Lunatic asylums United Provinces 1899-1908 - 1899-1908
Year: 1899
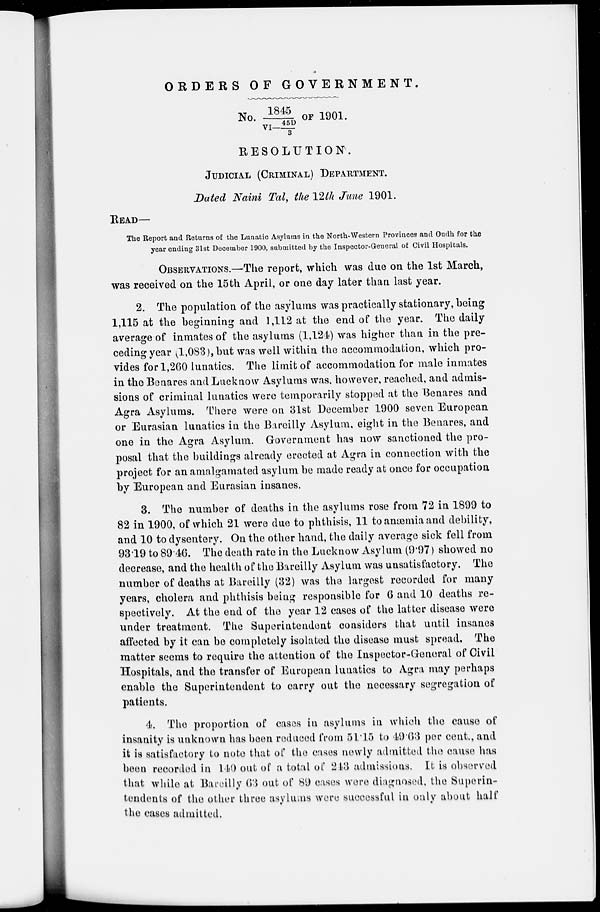
ORDERS OF
GOVERNMENT.
No. 1845/VI—45D/3 OF 1901.
RESOLUTION.
JUDICIAL (CRIMINAL) DEPARTMENT.
Dated Naini Tal, the 12th June 1901.
READ—
The Report and Returns of the Lunatic Asylums in the North-Western Provinces and Oudh for the
year ending 31st December 1900, submitted by the Inspector-General of Civil Hospitals.
OBSERVATIONS.—The report, which was due on the 1st March,
was received on the 15th April, or one day later than last year.
2. The population of the asylums was practically stationary, being
1,115 at the beginning and 1,112 at the end of the year. The daily
average of inmates of the asylums (1,124) was higher than in the pre-
ceding year (1,083), but was well within the accommodation, which pro-
vides for 1,260 lunatics. The limit of accommodation for male inmates
in the Benares and Lucknow Asylums was, however, reached, and admis-
sions of criminal lunatics were temporarily stopped at the Benares and
Agra Asylums. There were on 31st December 1900 seven European
or Eurasian lunatics in the Bareilly Asylum, eight in the Benares, and
one in the Agra Asylum. Government has now sanctioned the pro-
posal that the buildings already erected at Agra in connection with the
project for an amalgamated asylum be made ready at once for occupation
by European and Eurasian insanes.
3. The number of deaths in the asylums rose from 72 in 1899 to
82 in 1900, of which 21 were due to phthisis, 11 to anæmia and debility,
and 10 to dysentery. On the other hand, the daily average sick fell from
93.19 to 89.46. The death rate in the Lucknow Asylum (9.97) showed no
decrease, and the health of the Bareilly Asylum was unsatisfactory. The
number of deaths at Bareilly (32) was the largest recorded for many
years, cholera and phthisis being responsible for 6 and 10 deaths re-
spectively. At the end of the year 12 cases of the latter disease were
under treatment. The Superintendent considers that until insanes
affected by it can be completely isolated the disease must spread. The
matter seems to require the attention of the Inspector-General of Civil
Hospitals, and the transfer of European lunatics to Agra may perhaps
enable the Superintendent to carry out the necessary segregation of
patients.
4. The proportion of cases in asylums in which the cause of
insanity is unknown has been reduced from 51.15 to 49.63 per cent., and
it is satisfactory to note that of the cases newly admitted the cause has
been recorded in 140 out of a total of 243 admissions. It is observed
that while at Bareilly 63 out of 89 cases were diagnosed, the Superin-
tendents of the other three asylums were successful in only about half
the cases admitted.